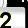
Digit: 2